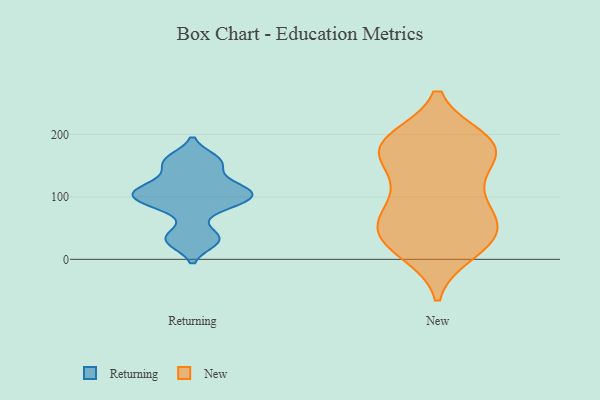
{"axis": {"x": "Budget (USD K)", "y": "Value"}, "legend": ["New", "Returning"], "data": [{"x": "", "y": 37, "type": "Returning"}, {"x": "", "y": 112, "type": "Returning"}, {"x": "", "y": 121, "type": "Returning"}, {"x": "", "y": 92, "type": "Returning"}, {"x": "", "y": 154, "type": "Returning"}, {"x": "", "y": 97, "type": "Returning"}, {"x": "", "y": 103, "type": "Returning"}, {"x": "", "y": 115, "type": "Returning"}, {"x": "", "y": 155, "type": "Returning"}, {"x": "", "y": 160, "type": "Returning"}, {"x": "", "y": 29, "type": "Returning"}, {"x": "", "y": 32, "type": "Returning"}, {"x": "", "y": 83, "type": "Returning"}, {"x": "", "y": 101, "type": "Returning"}, {"x": "", "y": 186, "type": "New"}, {"x": "", "y": 187, "type": "New"}, {"x": "", "y": 65, "type": "New"}, {"x": "", "y": 191, "type": "New"}, {"x": "", "y": 169, "type": "New"}, {"x": "", "y": 56, "type": "New"}, {"x": "", "y": 20, "type": "New"}, {"x": "", "y": 180, "type": "New"}, {"x": "", "y": 12, "type": "New"}, {"x": "", "y": 122, "type": "New"}, {"x": "", "y": 171, "type": "New"}, {"x": "", "y": 42, "type": "New"}, {"x": "", "y": 95, "type": "New"}, {"x": "", "y": 182, "type": "New"}, {"x": "", "y": 112, "type": "New"}, {"x": "", "y": 55, "type": "New"}, {"x": "", "y": 22, "type": "New"}, {"x": "", "y": 34, "type": "New"}, {"x": "", "y": 170, "type": "New"}, {"x": "", "y": 67, "type": "New"}]}